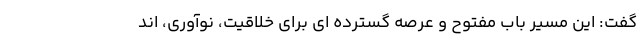
گفت: این مسیر باب مفتوح و عرصه گسترده ای برای خلاقیت، نوآوری، اند